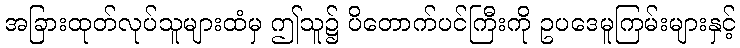
အခြားထုတ်လုပ်သူများထံမှ ဤသူ၌ ပိတောက်ပင်ကြီးကို ဥပဒေမူကြမ်းများနှင့်